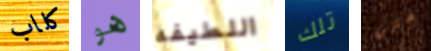
كلاب هو اللطيفه تلك متزن